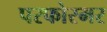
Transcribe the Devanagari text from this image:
परफोरमर